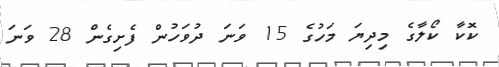
ކޮކާ ކޯލާގެ މިދިޔަ މަހުގެ 15 ވަނަ ދުވަހުން ފެށިގެން 28 ވަނަ